Report on malaria in the Punjab during the year ...  together with an account of the work of the Punjab Malaria Bureau - Volume 2
Disease focus: Malaria
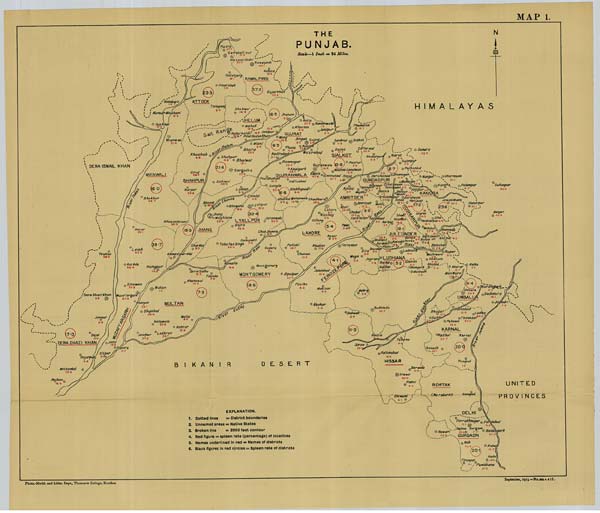
MAP 1.
Photo.-Mechl. and Litho. Dept., Thomason College, Roorkee.
September, 1915.—No.3611.4.475.